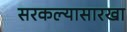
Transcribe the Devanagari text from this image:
सरकल्यासारखा